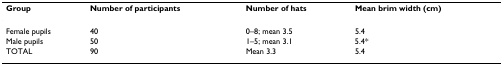
| Group | Number of participants | Number of hats | Mean brim width (cm) |
 | --- | --- | --- | --- |
 | Female pupils | 40 | 0–8; mean 3.5 | 5.4 |
 | Male pupils | 50 | 1–5; mean 3.1 | 5.4* |
 | TOTAL | 90 | Mean 3.3 | 5.4 |